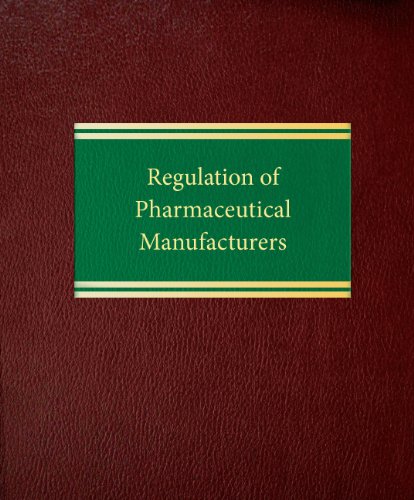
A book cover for Regulation of Pharmaceutical Manufacturers (Regulatory Series); Chilton Davis Varner; Law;